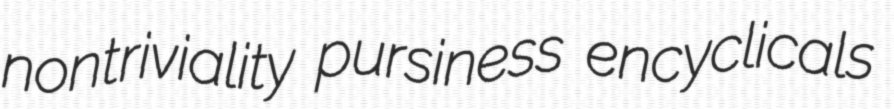
nontriviality pursiness encyclicals